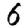
Digit: 6